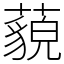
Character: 藐